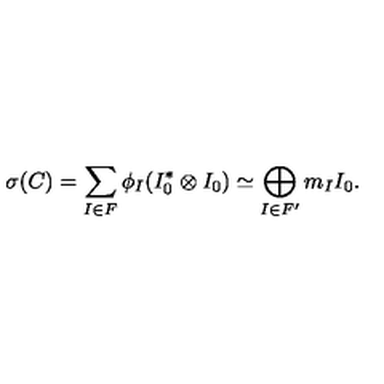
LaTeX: \sigma ( C ) = \sum _ { I \in F } \phi _ { I } ( I _ { 0 } ^ { * } \otimes I _ { 0 } ) \simeq \bigoplus _ { I \in F ^ { \prime } } m _ { I } I _ { 0 } .